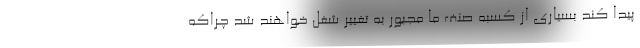
پیدا کند بسیاری از کسبه صنف ما مجبور به تغییر شغل خواهند شد چراکه